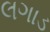
લગાડ